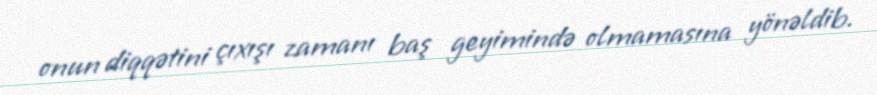
onun diqqətini çıxışı zamanı baş geyimində olmamasına yönəldib.